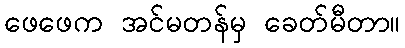
ဖေဖေက အင်မတန်မှ ခေတ်မီတာ။